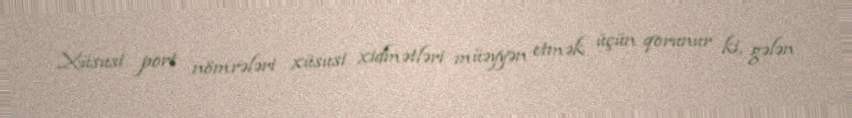
Xüsusi port nömrələri xüsusi xidmətləri müəyyən etmək üçün qorunur ki, gələn